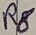
Text: R8